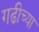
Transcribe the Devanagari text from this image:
गढीच्या